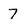
Character: 7